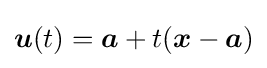
{\boldsymbol {u}}(t)={\boldsymbol {a}}+t({\boldsymbol {x}}-{\boldsymbol {a}})